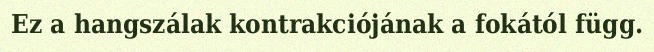
Ez a hangszálak kontrakciójának a fokától függ.